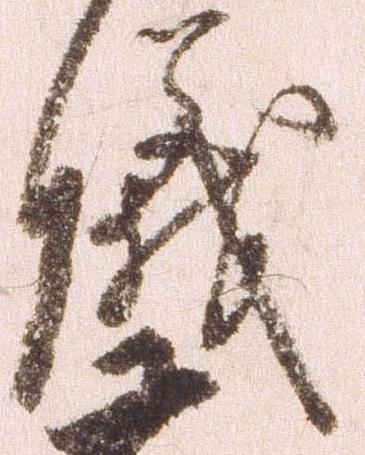
儀